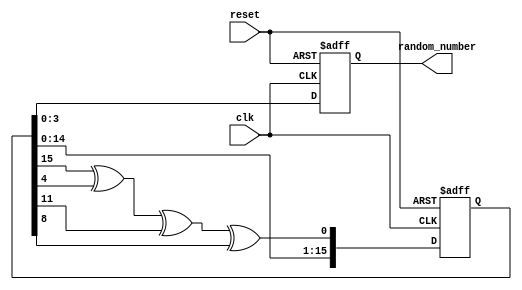
module random_4bit(
    input wire clk,
    input wire reset,
    output reg [3:0] random_number
);

    reg [15:0] lfsr;
    wire feedback;

    // Feedback is the XOR of bits 16 and 14 (based on a primitive polynomial for 16-bit LFSR)
    assign feedback = lfsr[15] ^ lfsr[4]^lfsr[11] ^ lfsr[8];

    always @(posedge clk or negedge reset) begin
        if (~reset) begin
            // Reset the LFSR to a non-zero value
            lfsr <= 16'd10;
				random_number <= 4'd0;
        end else begin
            // Shift the register and input the feedback value
            lfsr <= {lfsr[14:0], feedback};
				random_number <= lfsr[3:0];
        end
    end
endmodule